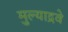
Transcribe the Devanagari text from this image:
मुल्याद्रवे